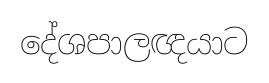
දේශපාලඥයාට